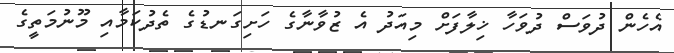
އެހެން ދުވަސް ދުވަހާ ޚިލާފަށް މިއަދު އެ ޒުވާނާގެ ހަށިގަނޑުގެ ތެދުކަމާއި މޫނުމަތީގެ